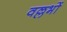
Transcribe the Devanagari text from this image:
वल्लभों